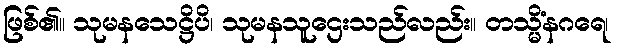
ဖြစ်၏။ သုမနသေဋ္ဌိပိ၊ သုမနသူဌေးသည်လည်း။ တသ္မိံနဂရေ၊